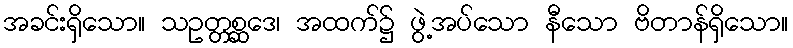
အခင်းရှိသော။ သဥတ္တစ္ဆဒေ၊ အထက်၌ ဖွဲ့အပ်သော နီသော ဗိတာန်ရှိသော။